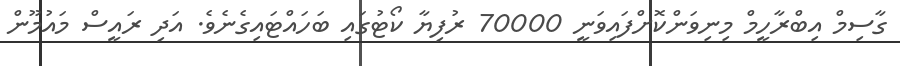
ގާސިމް އިބްރާހީމް މިނިވަންކޮށްފައިވަނީ 70000 ރުފިޔާ ކޯޓުގައި ބަހައްޓައިގެނެވެ. އަދި ރައީސް މައުމޫން